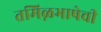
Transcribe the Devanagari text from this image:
तमिऴभाषेची